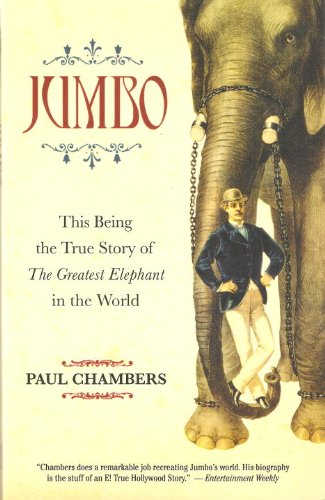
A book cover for Jumbo: This Being the True Story of the Greatest Elephant in the World; Paul Chambers; Computers & Technology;